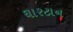
ઘારટાન